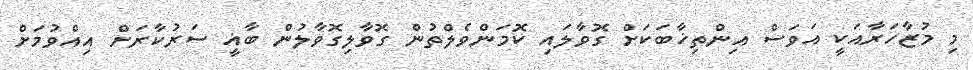
މި މުޒާހަރާއަކީ އަވަސް އިންތިޚާބަކަށް ގޮވާލައި ކޮމަންވެލްތުން ގޮވާލިގޮވާލުން ބާޣީ ސަރުކާރަށް އިއްވުމަށް